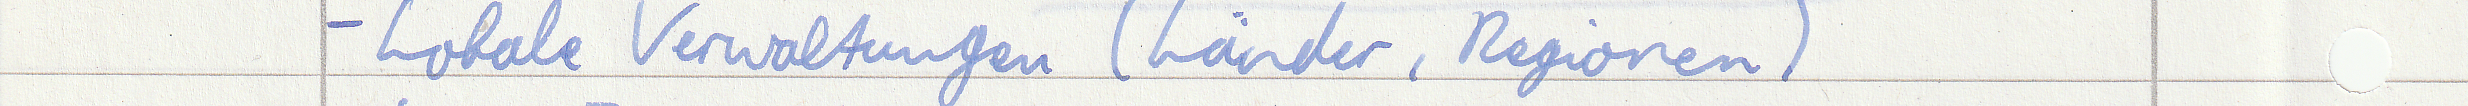
- Lokale Verwaltungen (Länder, Regionen)